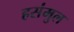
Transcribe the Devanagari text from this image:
हसंमुल